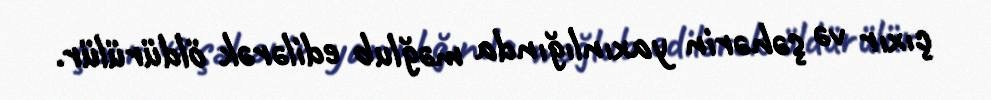
çıxır və şəhərin yaxınlığında məğlub edilərək öldürülür.